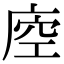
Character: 𢈵